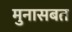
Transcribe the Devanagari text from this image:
मुनासबत